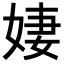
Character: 𪥼